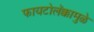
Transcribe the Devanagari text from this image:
फायटोलॅक्कामुळे